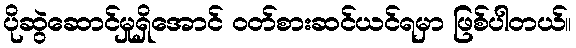
ပိုဆွဲဆောင်မှုရှိအောင် ဝတ်စားဆင်ယင်ရမှာ ဖြစ်ပါတယ်။